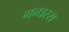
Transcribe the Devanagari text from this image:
गन्धरस